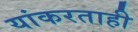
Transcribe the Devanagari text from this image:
यांकरताही